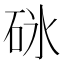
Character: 砯